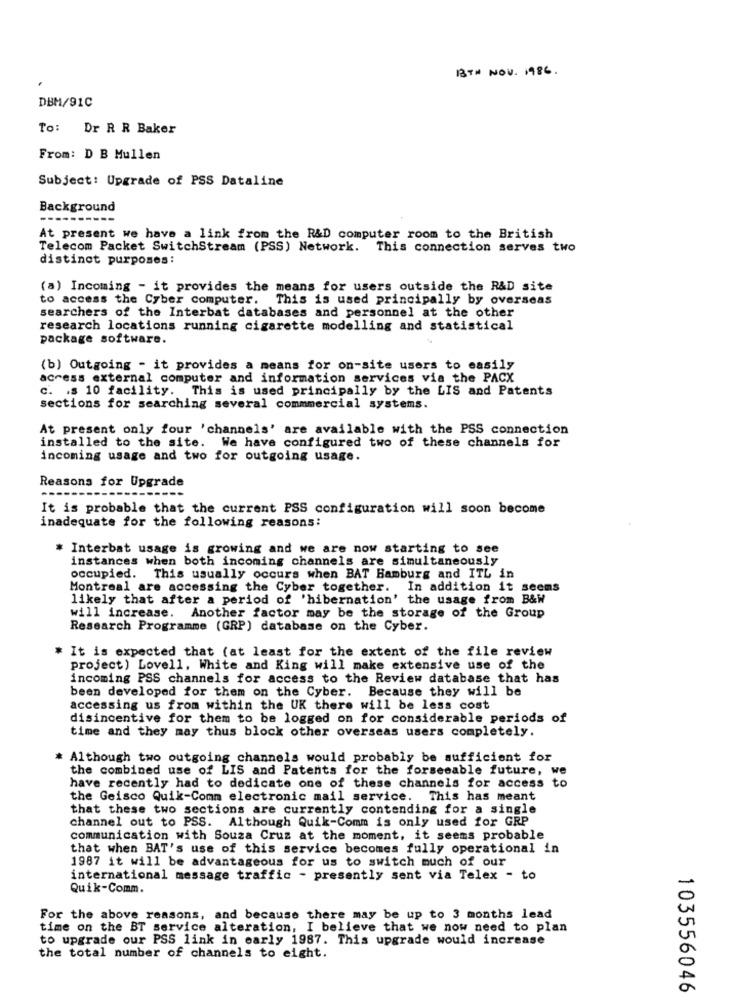
BTN NOV. 1986 .
DBM/91C
To: Dr R R Baker
From: D B Mullen
Subject: Upgrade of PSS Dataline
Background
--
At present we have a link from the R&D computer room to the British
Telecom Packet SwitchStream (PSS) Network. This connection serves two
distinct purposes :
(a) Incoming - it provides the means for users outside the R&D site
to access the Cyber computer. This is used principally by overseas
searchers of the Interbat databases and personnel at the other
research locations running cigarette modelling and statistical
package software.
(b) Outgoing - it provides a means for on-site users to easily
access external computer and information services via the PACK
c. . s 10 facility. This is used principally by the LIS and Patents
sections for searching several commmercial systems.
At present only four 'channels' are available with the PSS connection
installed to the site. We have configured two of these channels for
incoming usage and two for outgoing usage.
Reasons for Upgrade
It is probable that the current PSS configuration will soon become
inadequate for the following reasons:
# Interbat usage is growing and we are now starting to see
instances when both incoming channels are simultaneously
occupied. This usually occurs when BAT Hamburg and ITL in
Montreal are accessing the Cyber together. In addition it seems
likely that after a period of 'hibernation' the usage from B&W
will increase. Another factor may be the storage of the Group
Research Programme (GRP) database on the Cyber.
# It is expected that (at least for the extent of the file review
project) Lovell, White and King will make extensive use of the
incoming PSS channels for access to the Review database that has
been developed for them on the Cyber. Because they will be
accessing us from within the UK there will be less cost
disincentive for them to be logged on for considerable periods of
time and they may thus block other overseas users completely.
* Although two outgoing channels would probably be sufficient for
the combined use of LIS and Patents for the forseeable future, we
have recently had to dedicate one of these channels for access to
the Geisco Quik-Comm electronic mail service. This has meant
that these two sections are currently contending for a single
channel out to PSS. Although Quik-Comm is only used for GRP
communication with Souza Cruz at the moment, it seems probable
that when BAT's use of this service becomes fully operational in
1987 it will be advantageous for us to switch much of our
international message traffic - presently sent via Telex - to
Quik-Comm.
For the above reasons, and because there may be up to 3 months lead
time on the BT service alteration, I believe that we now need to plan
to upgrade our PSS link in early 1987. This upgrade would increase
the total number of channels to eight.
103556046